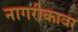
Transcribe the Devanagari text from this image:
नागरीकावर